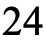
24